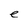
Character: e